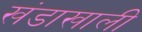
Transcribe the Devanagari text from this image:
खंडाखाली